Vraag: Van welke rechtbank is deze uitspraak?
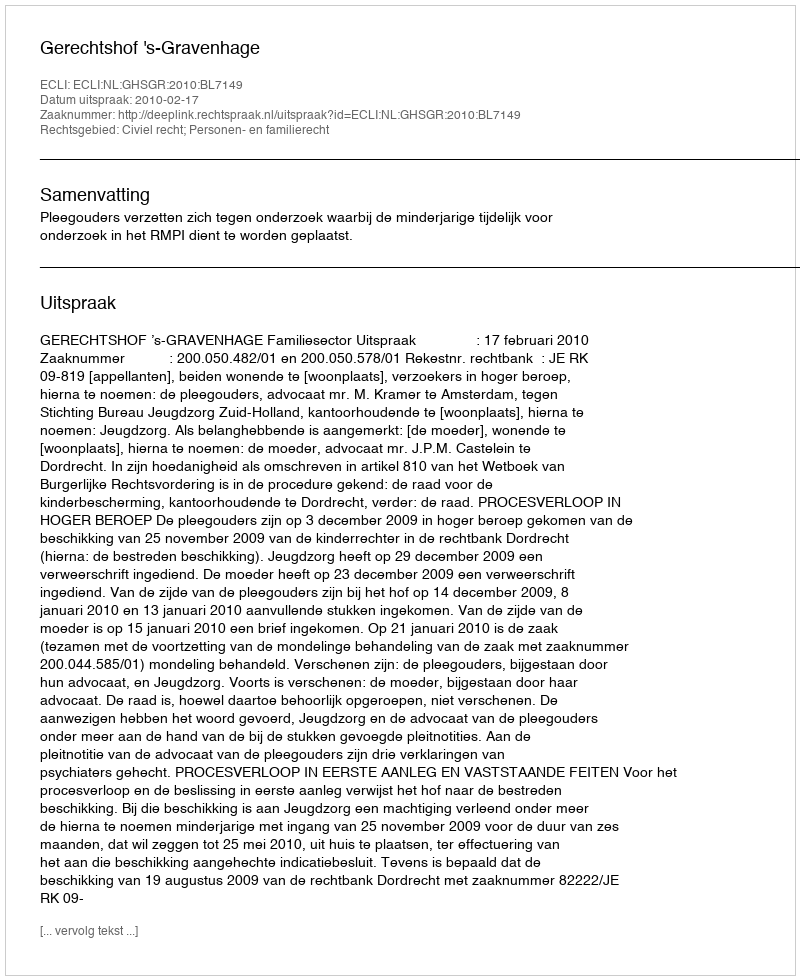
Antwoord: Gerechtshof 's-Gravenhage